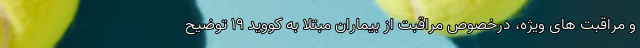
و مراقبت های ویژه، درخصوص مراقبت از بیماران مبتلا به کووید ۱۹ توضیح